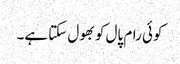
کوئی رام پال کو بھول سکتا ہے۔